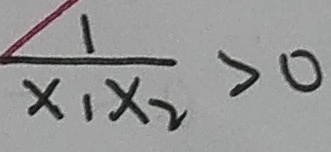
\frac { 1 } { x _ { 1 } x _ { 2 } } > 0